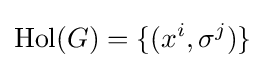
\operatorname {Hol} (G)=\{(x^{i},\sigma ^{j})\}